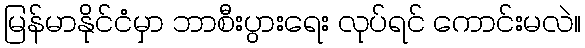
မြန်မာနိုင်ငံမှာ ဘာစီးပွားရေး လုပ်ရင် ကောင်းမလဲ။